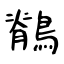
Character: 鶺